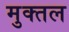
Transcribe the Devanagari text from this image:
मुक्तल